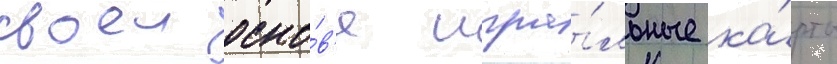
своеи осно́в'е игра́льные ка́рты